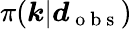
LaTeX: \pi(\boldsymbol{k}|\boldsymbol{d}_{\mathrm{~o~b~s~}})